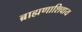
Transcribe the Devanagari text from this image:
ब्राह्मणाशिवाय